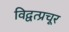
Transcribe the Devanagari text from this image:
विद्वत्प्रचूर